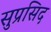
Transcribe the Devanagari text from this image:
सुप्रसिद